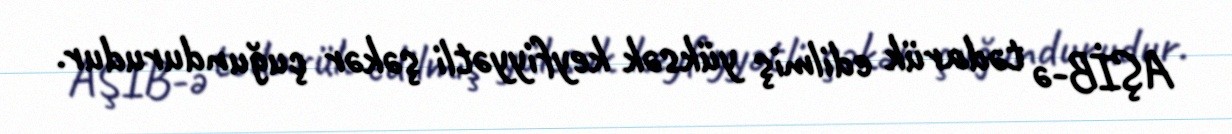
AŞİB-ə tədarük edilmiş yüksək keyfiyyətli şəkər çuğundurudur.